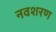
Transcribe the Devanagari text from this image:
नवशरण